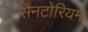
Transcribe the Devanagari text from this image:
सैनटोरियम